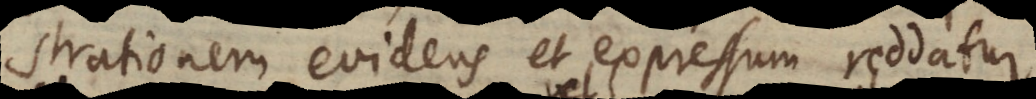
strationem evidens et expressum reddatur.